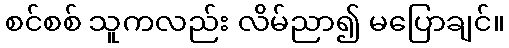
စင်စစ် သူကလည်း လိမ်ညာ၍ မပြောချင်။